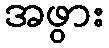
အဖွား